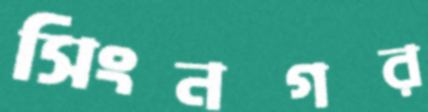
সিংনগর